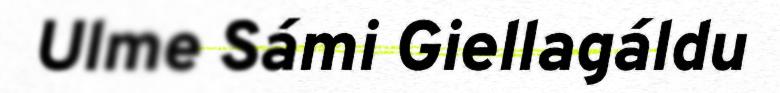
Ulme Sámi Giellagáldu